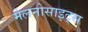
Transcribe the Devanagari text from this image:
मेलनोसाइट्स